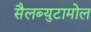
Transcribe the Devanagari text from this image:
सैलब्युटामोल